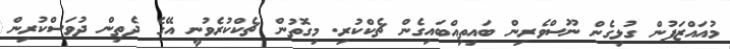
މުއައްޒަފުން ގުޅިގެން ނޫސްވެރިން ބައިތިއްބައިގެން ޗެކްކުރި. މިގޮތުން ޗެކްކުރެވުނީ އޭގެ ދެތިން ދުވަސްކުރިން